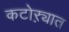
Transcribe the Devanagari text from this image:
कटोऱ्यात